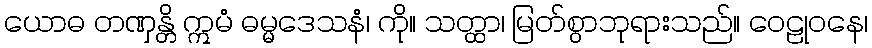
ယောဓ တဏှန္တိ ဣမံ ဓမ္မဒေသနံ၊ ကို။ သတ္ထာ၊ မြတ်စွာဘုရားသည်။ ဝေဠုဝနေ၊